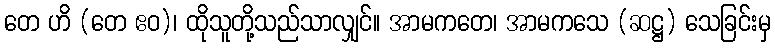
တေ ဟိ (တေ ဧဝ)၊ ထိုသူတို့သည်သာလျှင်။ အာမကတေ၊ အာမကသေ (ဆဋ္ဌ) သေခြင်းမှ